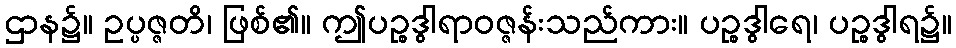
ဌာန၌။ ဥပ္ပဇ္ဇတိ၊ ဖြစ်၏။ ဤပဉ္စဒွါရာဝဇ္ဇန်းသည်ကား။ ပဉ္စဒွါရေ၊ ပဉ္စဒွါရ၌။